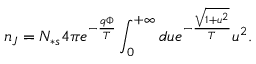
n _ { J } = N _ { \ast s } 4 \pi e ^ { - \frac { q \Phi } { T } } \int _ { 0 } ^ { + \infty } d u e ^ { - \frac { \sqrt { 1 + u ^ { 2 } } } { T } } u ^ { 2 } .